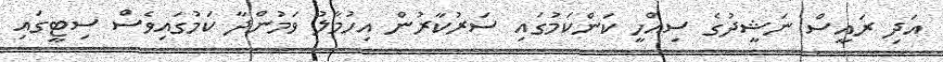
އަދި ރައީސް ނަޝީދުގެ ސިއްހީ ކަންކަމުގައި ސަރުކާރުން އިހުމާލު ވަމުންދާ ކަމުގައިވެސް ސިޓީގައި